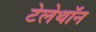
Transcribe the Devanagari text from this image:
टेलेथॉन